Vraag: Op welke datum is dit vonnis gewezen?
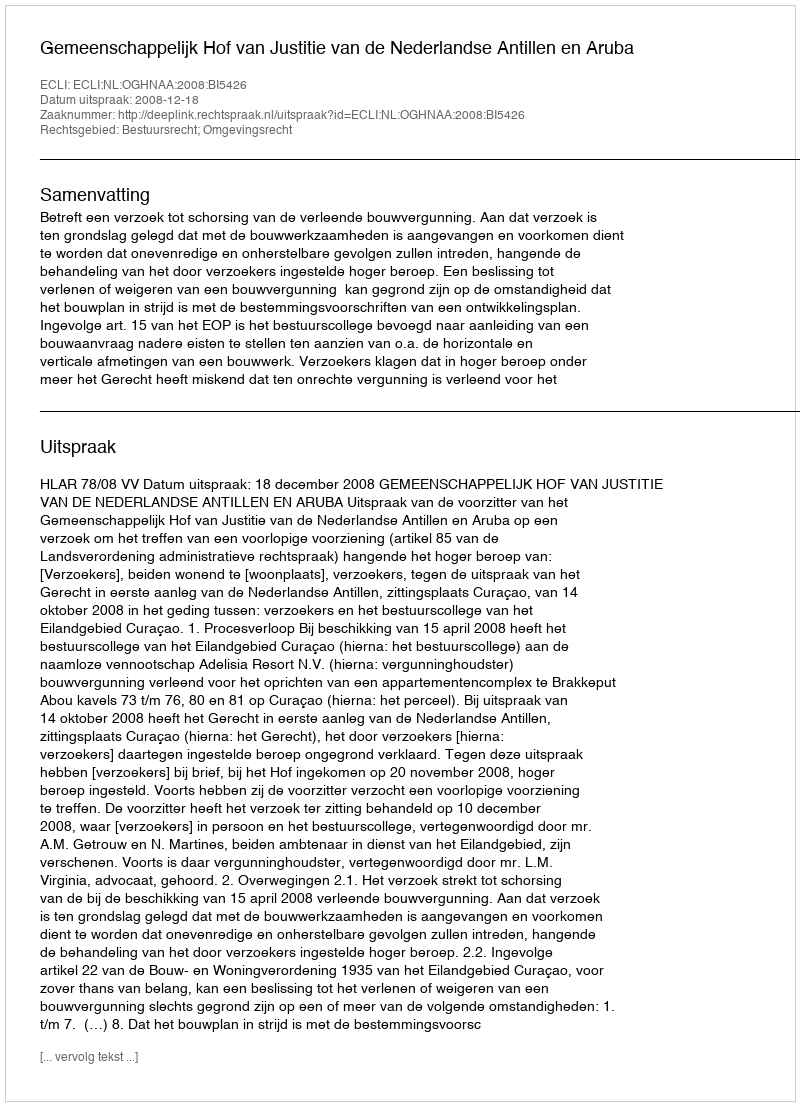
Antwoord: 2008-12-18